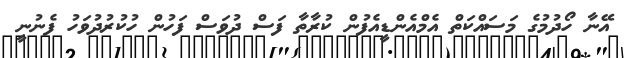
އޭނާ ހޯދުމުގެ މަސައްކަތް އެމްއެންޑީއެފުން ކުރާތާ ފަސް ދުވަސް ފަހުން ހުކުރުދުވަހު ފެނުނީ